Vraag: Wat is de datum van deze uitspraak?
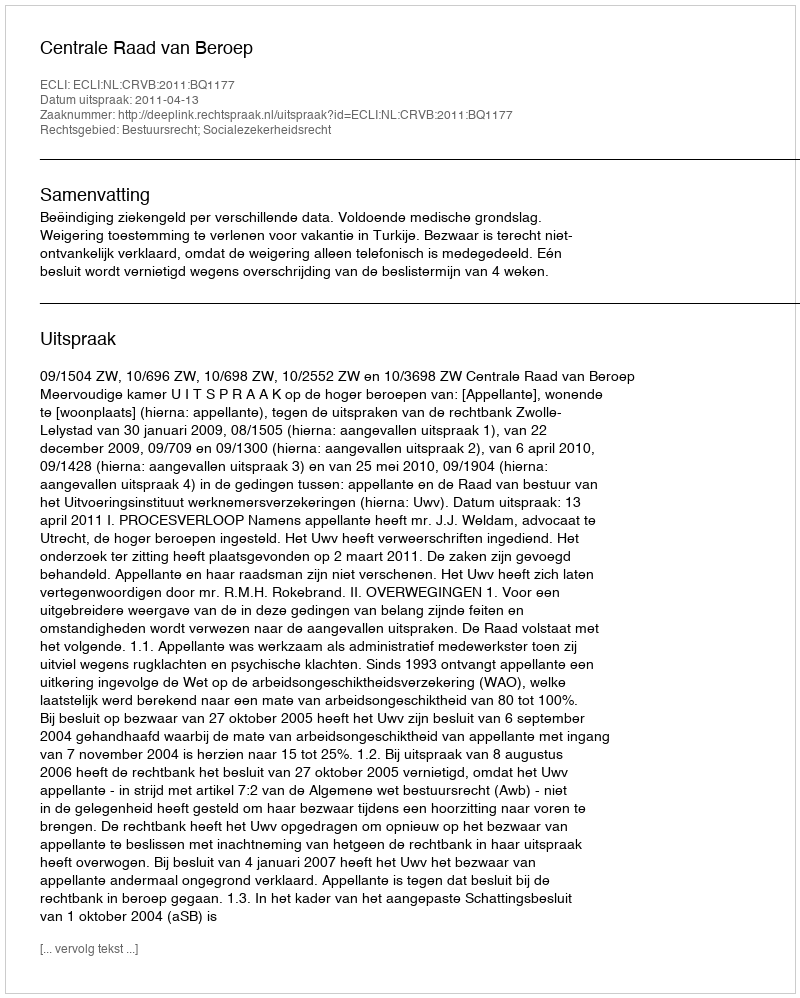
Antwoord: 2011-04-13